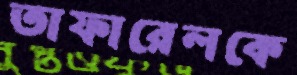
তাফারেলকে